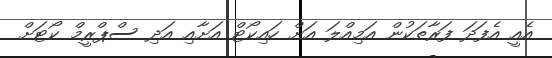
އެއީ އެފަދަ ފަރާތަކުން އަމިއްލަ އަށް ހައިކޯޓް އަށާއި އަދި ސްޕްރީމް ކޯޓަށް